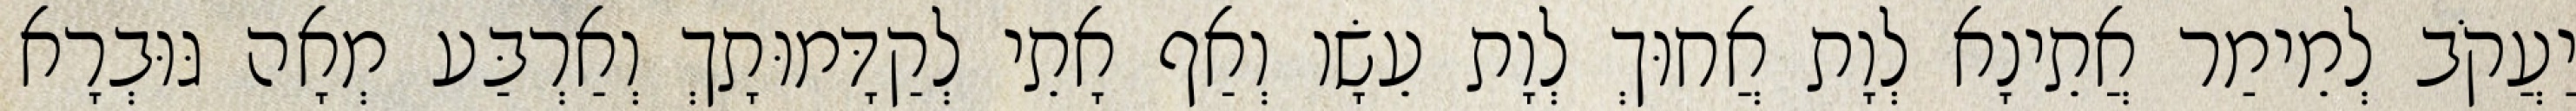
יַעֲקֹב לְמֵימַר אֲתֵינָא לְוָת אֲחוּךְ לְוָת עֵשָׂו וְאַף אָתֵי לְקַדָּמוּתָךְ וְאַרְבַּע מְאָה גּוּבְרָא